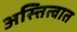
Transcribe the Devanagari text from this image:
अस्त्तित्वात